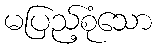
မပြည့်စုံသော